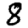
Digit: 8